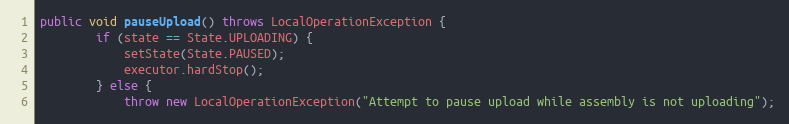
Language: Java
public void pauseUpload() throws LocalOperationException {
        if (state == State.UPLOADING) {
            setState(State.PAUSED);
            executor.hardStop();
        } else {
            throw new LocalOperationException("Attempt to pause upload while assembly is not uploading");